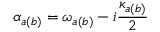
\alpha _ { a ( b ) } = \omega _ { a ( b ) } - i \frac { \kappa _ { a ( b ) } } { 2 }